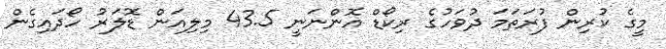
މީގެ ކުރިން ފުރަތަމަ ދުވަހުގެ ރިކޯޑް އޮންނަނީ 43.5 މިލިއަން ޑޮލަރު ހޯދައިގެން